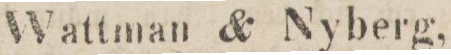
Wattman & Nyberg,